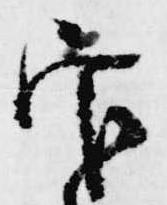
官